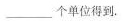
___个单位得到.